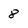
Character: 8